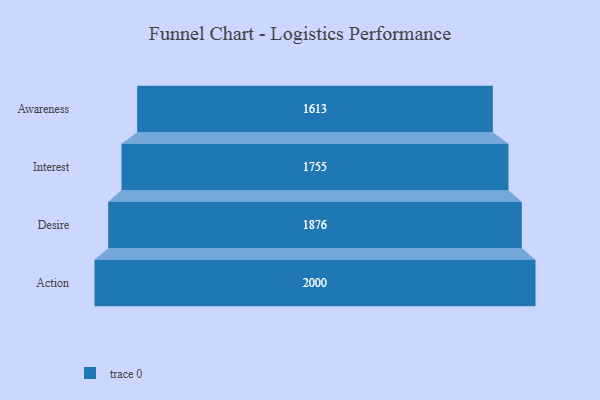
{"axis": {"x": "Stage", "y": "Value"}, "legend": [""], "data": [{"x": "Awareness", "y": 1613.0, "type": ""}, {"x": "Interest", "y": 1755.0, "type": ""}, {"x": "Desire", "y": 1876.0, "type": ""}, {"x": "Action", "y": 2000, "type": ""}]}